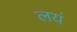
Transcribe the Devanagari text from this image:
लयं